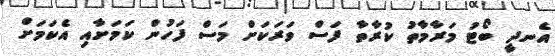
އެނދީ ބޯޓު މަރާމާތު ކުރާތާ ފަސް ވަރަކަށް މަސް ފަހުން ކަމަށާއި އެކަމަށް